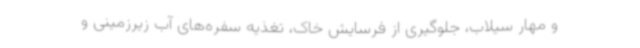
و مهار سیلاب، جلوگیری از فرسایش خاک، تغذیه سفره‌های آب زیرزمینی و